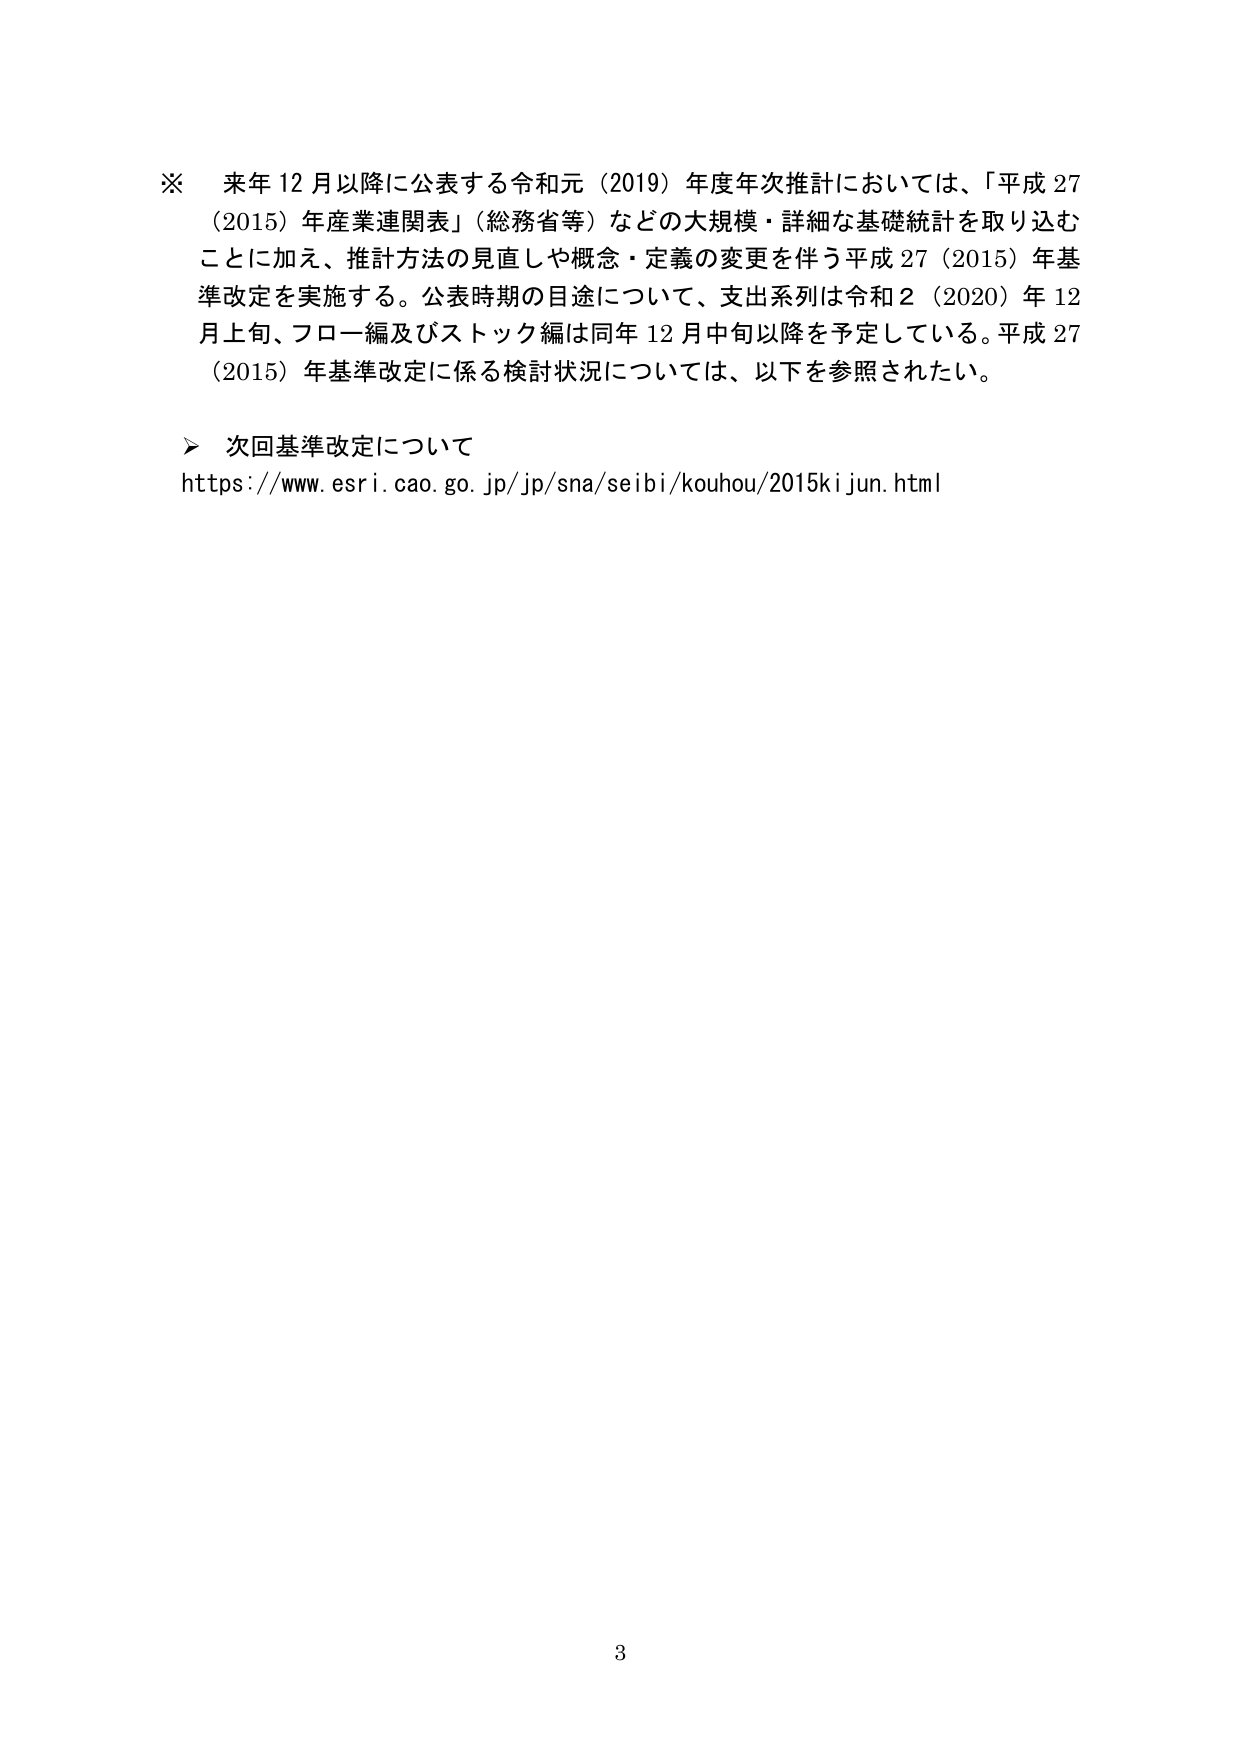
※ 来年12月以降に公表する令和元（2019）年度年次推計においては、「平成27（2015）年産業連関表」（総務省等）などの大規模・詳細な基礎統計を取り込むことに加え、推計方法の見直しや概念・定義の変更を伴う平成27（2015）年基準改定を実施する。公表時期の目途について、支出系列は令和2（2020）年12月上旬、フロー編及びストック編は同年12月中旬以降を予定している。平成27（2015）年基準改定に係る検討状況については、以下を参照されたい。

＞ 次回基準改定について
https://www.esri.cao.go.jp/jp/sna/seibi/kouhou/2015kijun.html

3